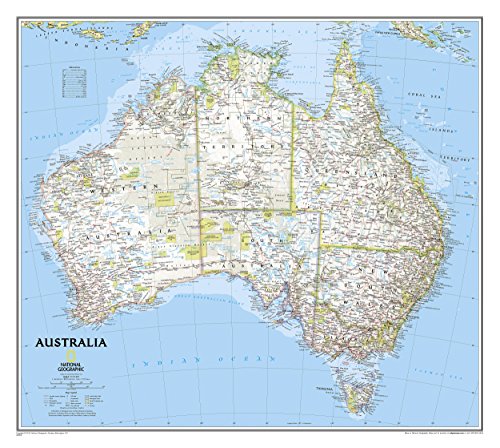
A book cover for Australia Classic [Laminated] (National Geographic Reference Map); National Geographic Maps - Reference; Travel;